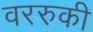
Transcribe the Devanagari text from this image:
वररुकी